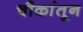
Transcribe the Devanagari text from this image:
चौकांतून